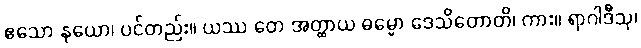
ဧသော နယော၊ ပင်တည်း။ ယဿ တေ အတ္ထာယ ဓမ္မော ဒေသိတောတိ၊ ကား။ ရာဂါဒီသု၊